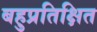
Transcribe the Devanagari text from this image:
बहुप्रतिक्षित